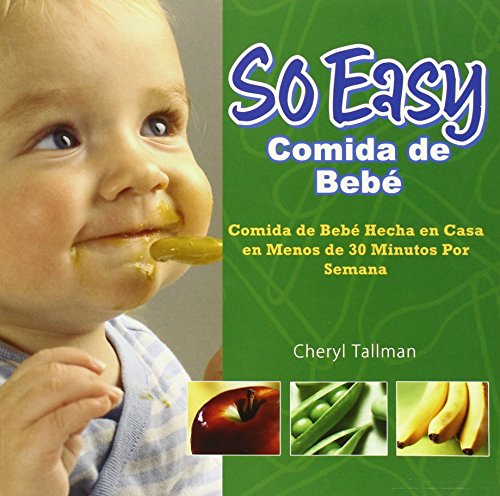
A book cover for So Easy Comida de Bebe: Comida de Bebe Hecha en Casa en Menos de 30 Minutos Por Semana (Spanish Edition); Cheryl Tallman; Cookbooks, Food & Wine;